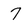
Character: 7